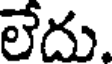
లేదు.